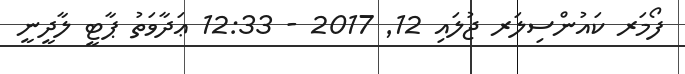
ފޯމަރ ކައުންސިލަރ ޖުލައި 12